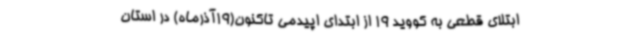
ابتلای قطعی به کووید 19 از ابتدای اپیدمی تاکنون(19آذرماه) در استان